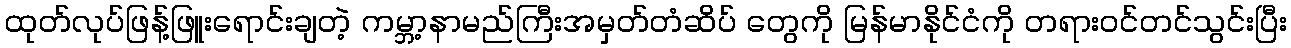
ထုတ်လုပ်ဖြန့်ဖြူးရောင်းချတဲ့ ကမ္ဘာ့နာမည်ကြီးအမှတ်တံဆိပ် တွေကို မြန်မာနိုင်ငံကို တရားဝင်တင်သွင်းပြီး